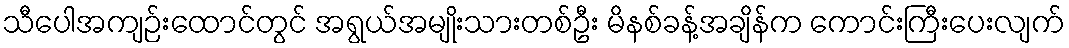
သီပေါအကျဉ်းထောင်တွင် အရွယ်အမျိုးသားတစ်ဦး မိနစ်ခန့်အချိန်က ကောင်းကြီးပေးလျက်